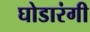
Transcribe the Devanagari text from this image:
घोडारंगी